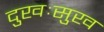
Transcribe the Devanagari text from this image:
दुखःसुख